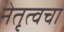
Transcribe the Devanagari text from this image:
नेतृत्वचा